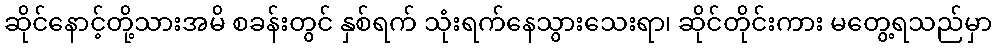
ဆိုင်နောင့်တို့သားအမိ စခန်းတွင် နှစ်ရက် သုံးရက်နေသွားသေးရာ၊ ဆိုင်တိုင်းကား မတွေ့ရသည်မှာ